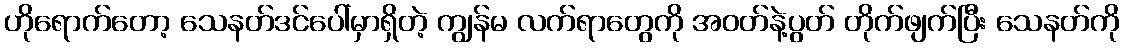
ဟိုရောက်တော့ သေနတ်ဒင်ပေါ်မှာရှိတဲ့ ကျွန်မ လက်ရာတွေကို အဝတ်နဲ့ပွတ် တိုက်ဖျက်ပြီး သေနတ်ကို